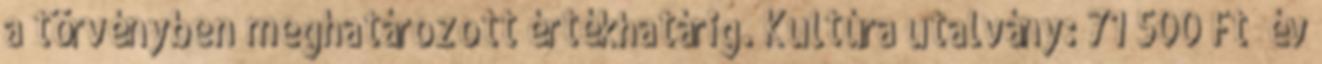
a törvényben meghatározott értékhatárig. Kultúra utalvány: 71 500 Ft év